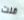
قلت